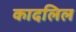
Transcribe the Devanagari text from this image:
कादलिल